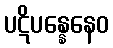
ပဋိပန္နေနေဝ